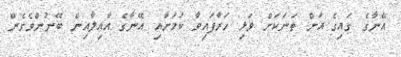
އޭނާގެ ގައިގެ އަށް ތަނަކަށް ވަޅި ހަރާފައިވާ ކަަމަށާއި އޭނާގެ އާއިލާއިން ބޭނުންވެގެން